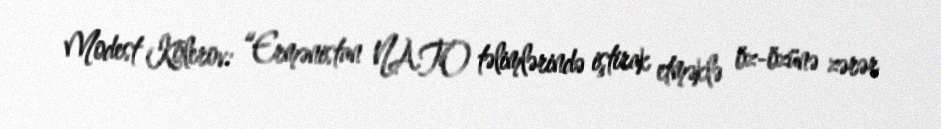
Modest Kolerov: “Ermənistan NATO təlimlərində iştirak etməklə öz-özünə zərər